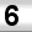
Digit: 6